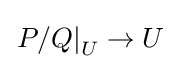
\left.P/Q\right|_{U}\to U